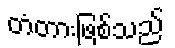
တံတားဖြစ်သည်